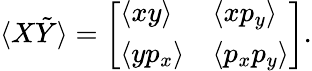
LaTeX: \langle X\tilde{Y}\rangle=\left[\begin{array}{ll}{\langle xy\rangle}&{\langle xp_{y}\rangle}\\ {\langle yp_{x}\rangle}&{\langle p_{x}p_{y}\rangle}\end{array}\right].